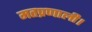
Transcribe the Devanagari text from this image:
मतप्रणाली।